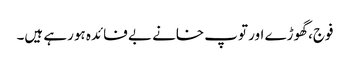
فوج، گھوڑے اور توپ خانے بے فائدہ ہورہے ہیں۔